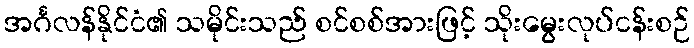
အင်္ဂလန်နိုင်ငံ၏ သမိုင်းသည် စင်စစ်အားဖြင့် သိုးမွေးလုပ်ငန်းစဉ်